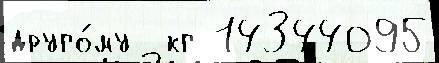
друго́му  кг 14344095